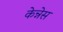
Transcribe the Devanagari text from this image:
केन्नेस